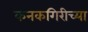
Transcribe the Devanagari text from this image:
कनकगिरीच्या